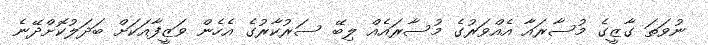
ނުވަތަ ގާޒީގެ މުސާރައާ އެއްވަރުގެ މުސާރައެއް ލިބޭ ސަރުކާރުގެ އެހެން ވަޒީފާއަކަށް ބަދަލުކޮށްދޭނެ